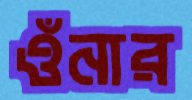
ওঁনার